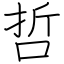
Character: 哲